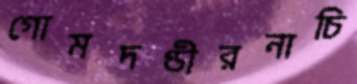
গোমদণ্ডীরনাচি